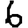
Digit: 6